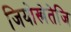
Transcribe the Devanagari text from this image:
जियोस्त्रेतेजि